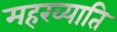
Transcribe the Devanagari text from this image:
महख्याति